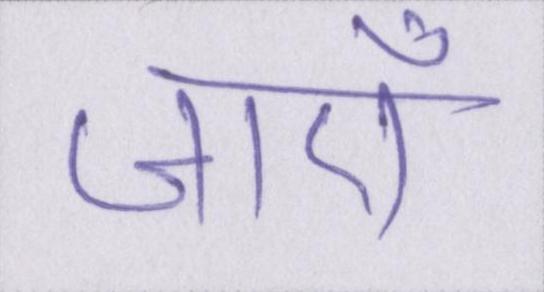
जाएँ